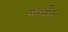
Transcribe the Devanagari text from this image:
यस्सेल